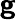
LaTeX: \boldsymbol{\mathsf{g}}